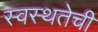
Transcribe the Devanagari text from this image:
स्वस्थतेची